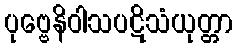
ပုဗ္ဗေနိဝါသပဋိသံယုတ္တာ